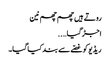
روتے ہیں چھم چھم نین
اجڑ گیا…..
ریڈیو کو غصّے سے بند کیا گیا۔